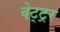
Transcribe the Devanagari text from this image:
वेट्ट्रर